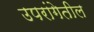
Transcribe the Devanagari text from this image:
उपरांगेतील